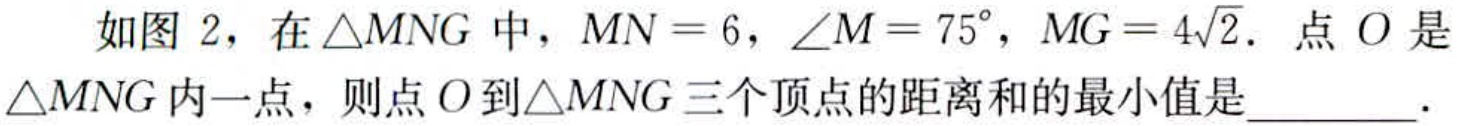
如图 2，在 \(\triangle MNG\) 中，\(MN = 6\)，\(\angle M = 75^{\circ}\)，\(MG = 4\sqrt{2}\)．点 \(O\) 是 \(\triangle MNG\) 内一点，则点 \(O\) 到 \(\triangle MNG\) 三个顶点的距离和的最小值是  ．